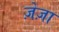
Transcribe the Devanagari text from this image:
ज़ेज़ा